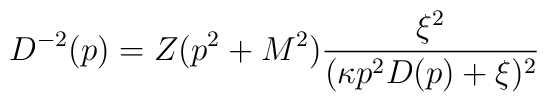
D^{-2}(p)=Z(p^2+M^2)\frac{\xi^2}{(\kappa p^2 D(p)+\xi)^2}